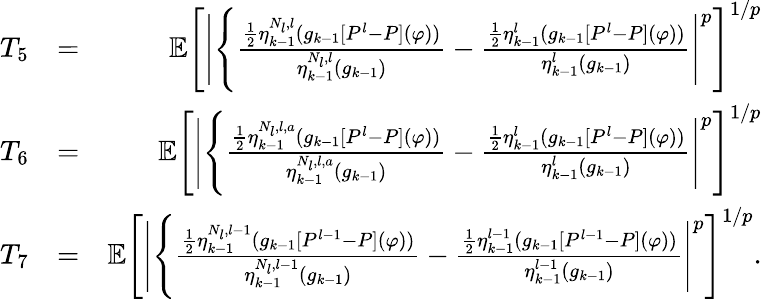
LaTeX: \begin{array}{rlr}{T_{5}}&{=}&{\mathbb{E}\Bigg[\Bigg|\Bigg\{ \frac{\frac{1}{2}\eta_{k-1}^{N_{l},l}(g_{k-1}[P^{l}-P](\varphi))}{\eta_{k-1}^{N_{l},l}(g_{k-1})}-\frac{\frac{1}{2}\eta_{k-1}^{l}(g_{k-1}[P^{l}-P](\varphi))}{\eta_{k-1}^{l}(g_{k-1})}\Bigg|^{p}\Bigg]^{1/p}}\\ {T_{6}}&{=}&{\mathbb{E}\Bigg[\Bigg|\Bigg\{ \frac{\frac{1}{2}\eta_{k-1}^{N_{l},l,a}(g_{k-1}[P^{l}-P](\varphi))}{\eta_{k-1}^{N_{l},l,a}(g_{k-1})}-\frac{\frac{1}{2}\eta_{k-1}^{l}(g_{k-1}[P^{l}-P](\varphi))}{\eta_{k-1}^{l}(g_{k-1})}\Bigg|^{p}\Bigg]^{1/p}}\\ {T_{7}}&{=}&{\mathbb{E}\Bigg[\Bigg|\Bigg\{ \frac{\frac{1}{2}\eta_{k-1}^{N_{l},l-1}(g_{k-1}[P^{l-1}-P](\varphi))}{\eta_{k-1}^{N_{l},l-1}(g_{k-1})}-\frac{\frac{1}{2}\eta_{k-1}^{l-1}(g_{k-1}[P^{l-1}-P](\varphi))}{\eta_{k-1}^{l-1}(g_{k-1})}\Bigg|^{p}\Bigg]^{1/p}.}\end{array}